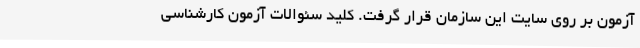
آزمون بر روی سایت این سازمان قرار گرفت. کلید سئوالات آزمون کارشناسی